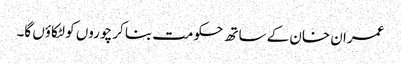
عمران خان کے ساتھ حکومت بنا کر چوروں کو لٹکاؤں گا۔